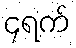
၄ရက်